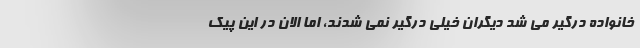
خانواده درگیر می شد دیگران خیلی درگیر نمی شدند، اما الان در این پیک